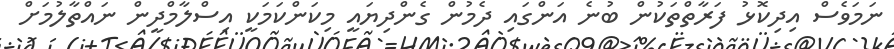
ނަމަވެސް އިދިކޮޅު ފަރާތްތަކުން ބުނެ އަންގައި ދެމުން ގެންދިޔައީ މިކަންކަމަކީ އިސްލާމްދީން ނައްތާލުމަށް